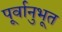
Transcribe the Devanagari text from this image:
पूर्वानुभूत